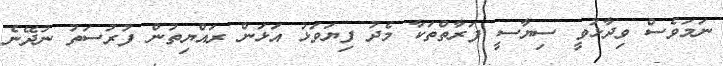
ނަމަވެސް ވިދާޅުވީ ސިޔާސީ ފަރާތްތަކާ މެދު ފިޔަވަޅު އަޅަން ރައްޔިތުން ފުރުސަތު ނުދޭނެ